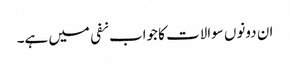
ان دونوں سوالات کا جواب نفی میں ہے۔